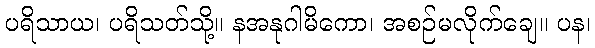
ပရိသာယ၊ ပရိသတ်သို့။ နအနုဂါမိကော၊ အစဉ်မလိုက်ချေ။ ပန၊